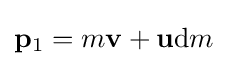
\mathbf {p} _{\mathrm {1} }=m\mathbf {v} +\mathbf {u} \mathrm {d} m